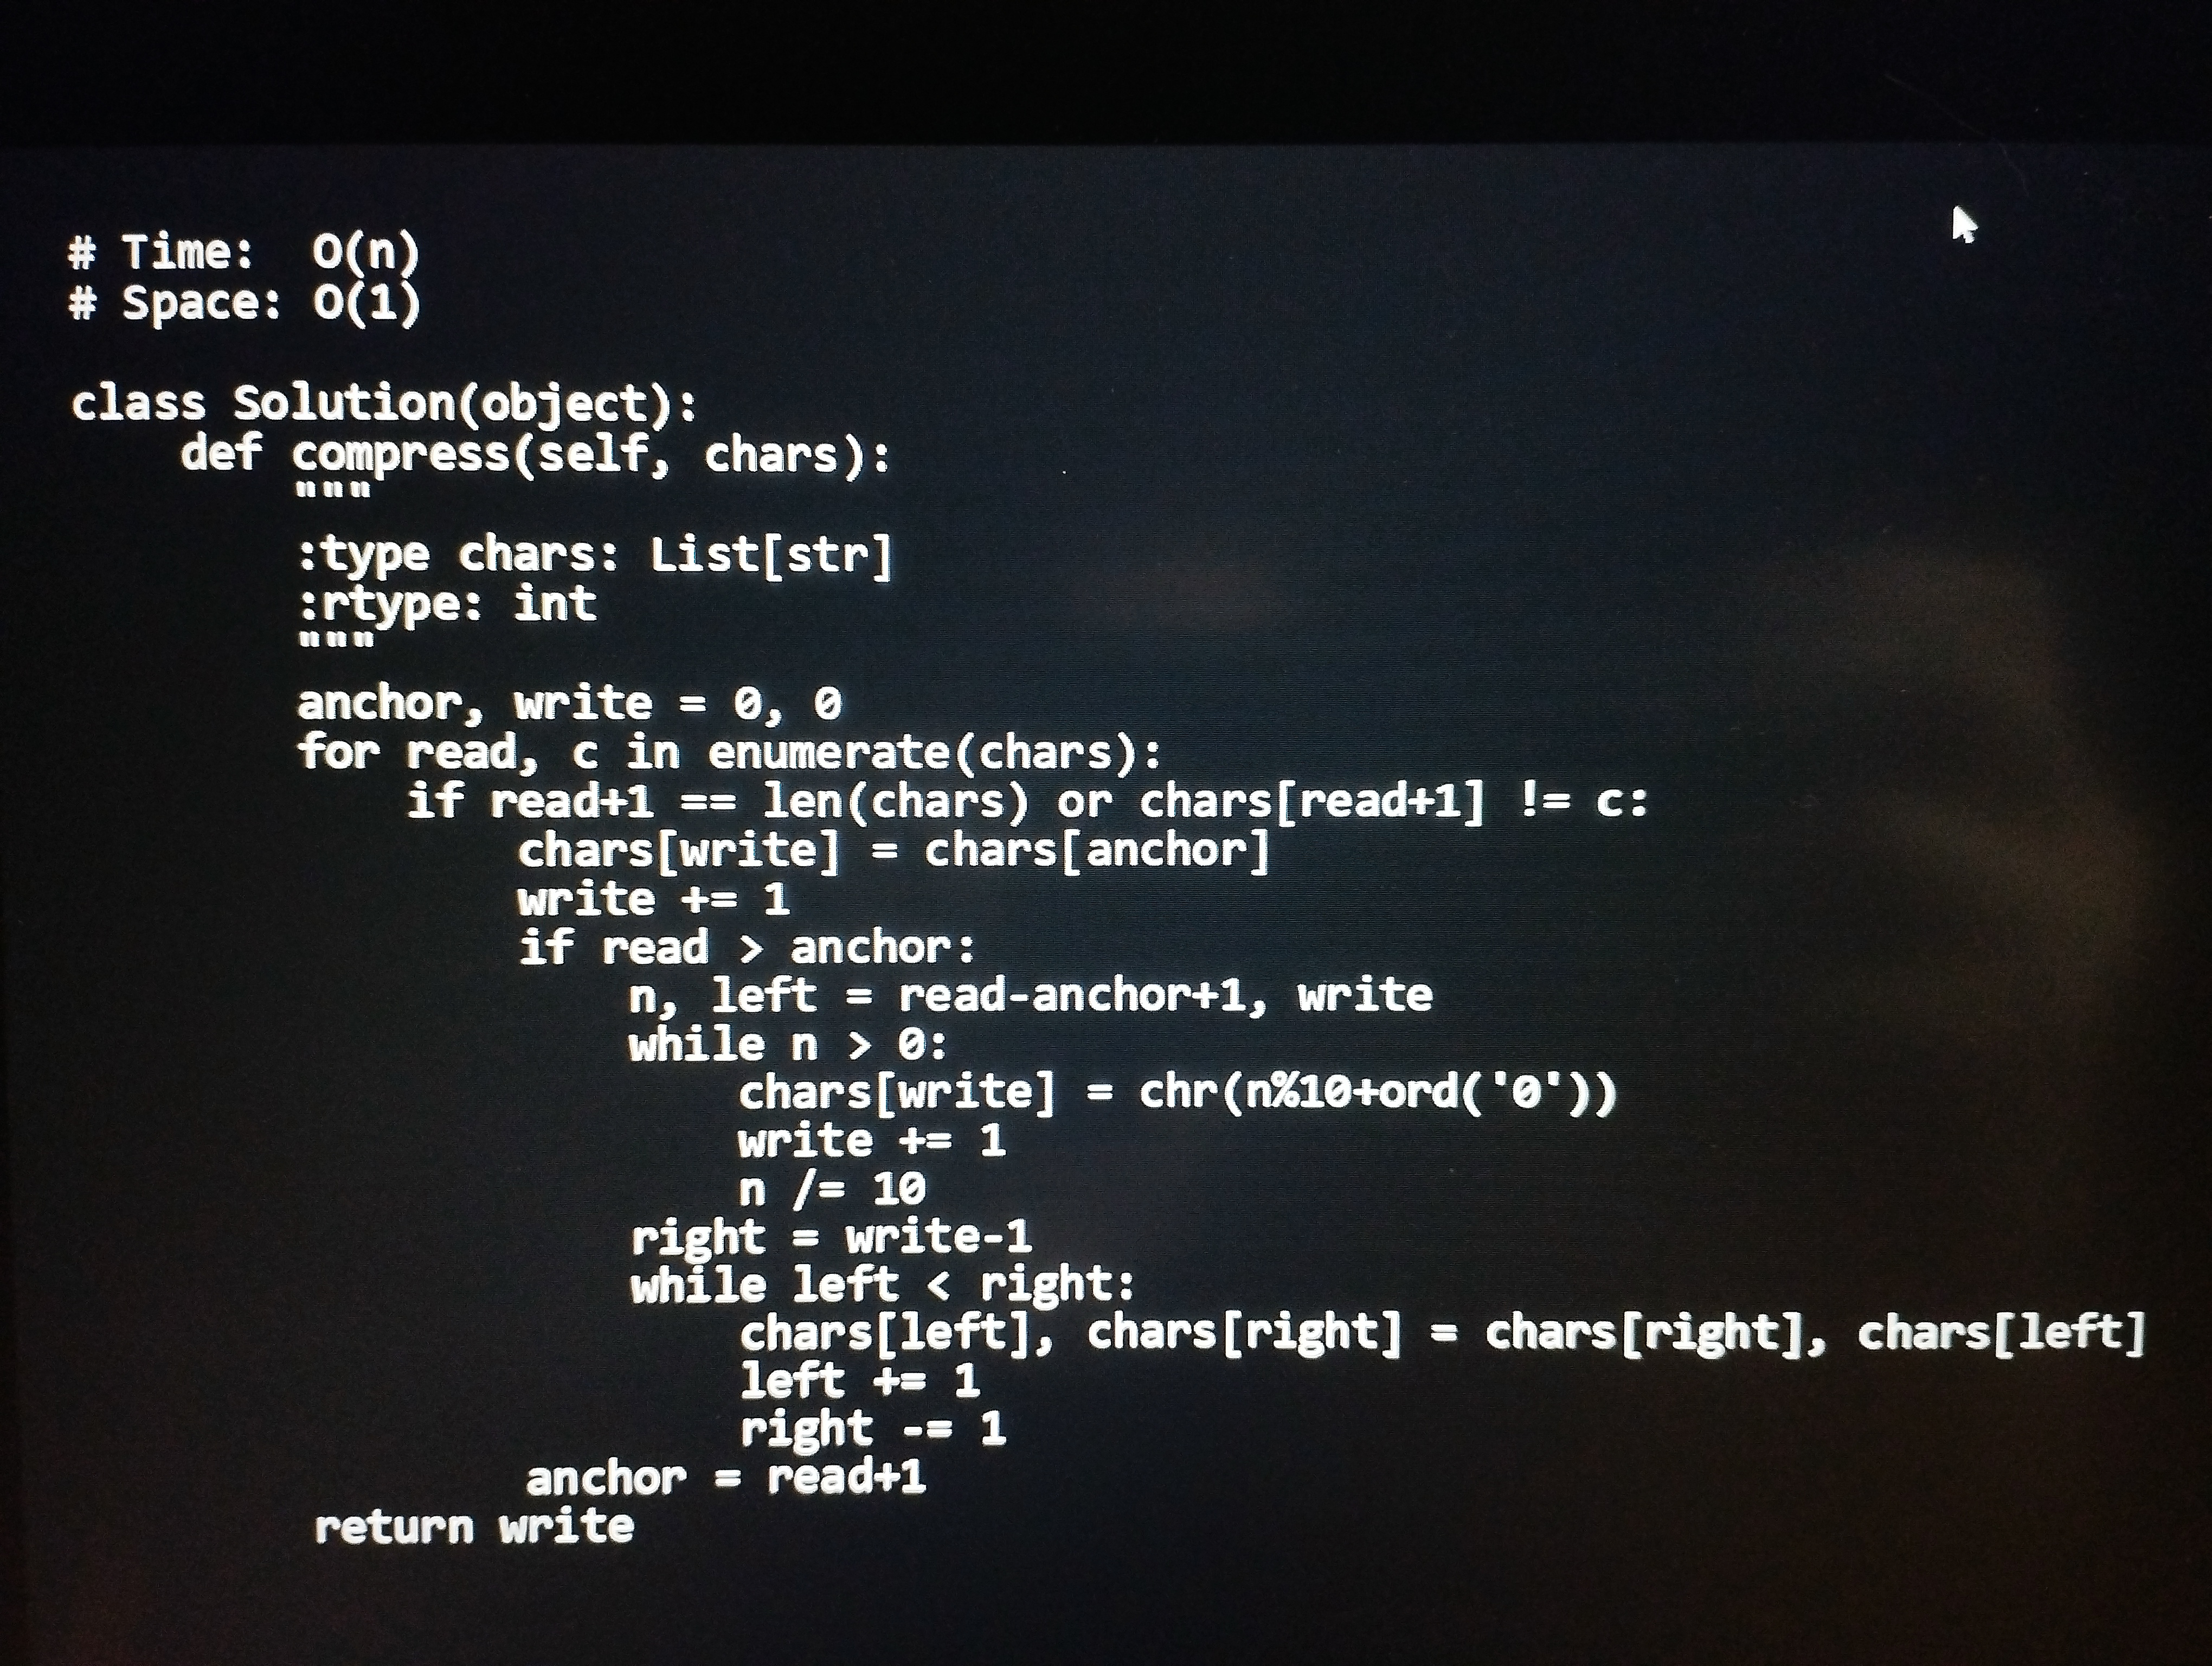
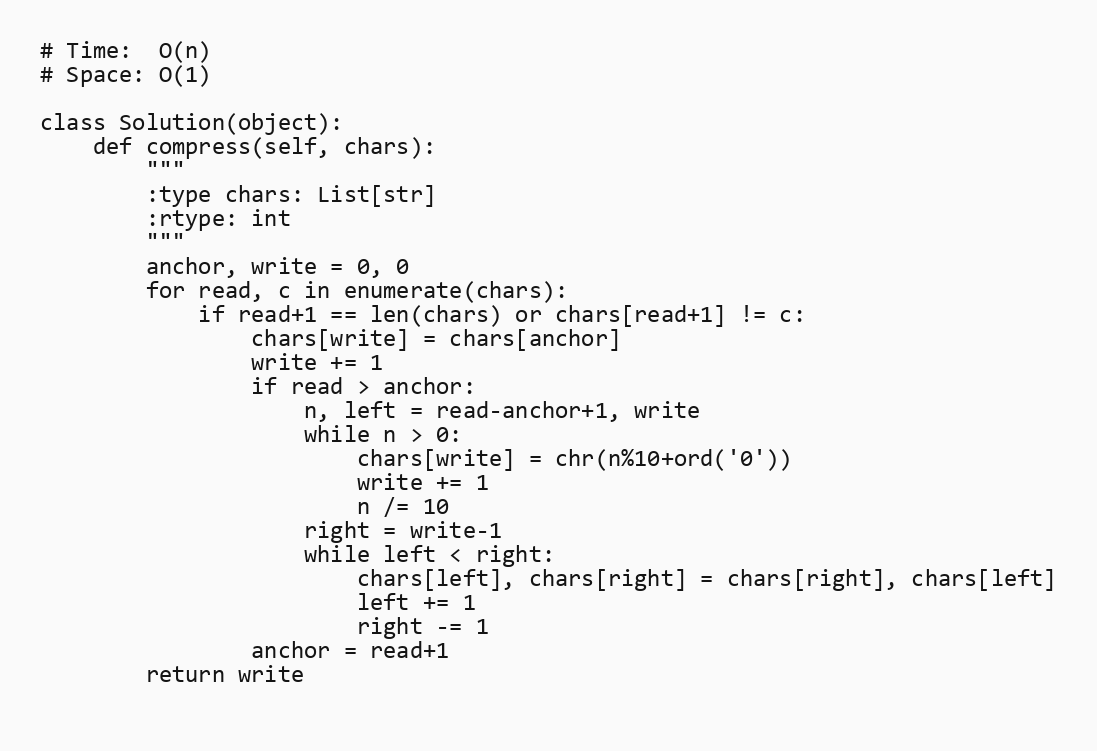
# Time:  O(n)
# Space: O(1)

class Solution(object):
    def compress(self, chars):
        """
        :type chars: List[str]
        :rtype: int
        """
        anchor, write = 0, 0
        for read, c in enumerate(chars):
            if read+1 == len(chars) or chars[read+1] != c:
                chars[write] = chars[anchor]
                write += 1
                if read > anchor:
                    n, left = read-anchor+1, write
                    while n > 0:
                        chars[write] = chr(n%10+ord('0'))
                        write += 1
                        n /= 10
                    right = write-1
                    while left < right:
                        chars[left], chars[right] = chars[right], chars[left]
                        left += 1
                        right -= 1
                anchor = read+1
        return write